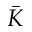
\bar { K }